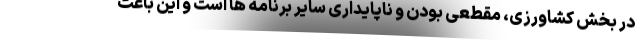
در بخش کشاورزی، مقطعی بودن و ناپایداری سایر برنامه ها است و این باعث